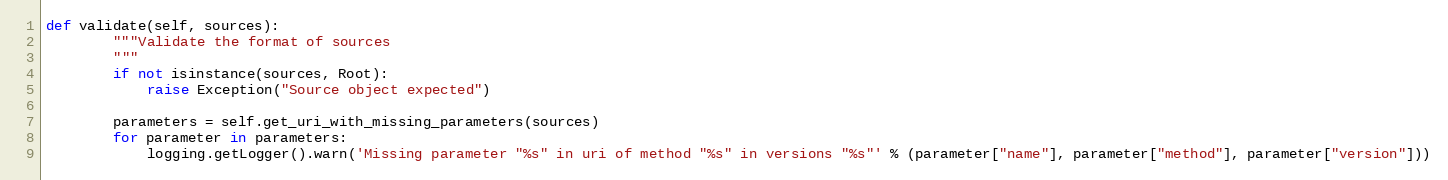
Language: Python
def validate(self, sources):
        """Validate the format of sources
        """
        if not isinstance(sources, Root):
            raise Exception("Source object expected")

        parameters = self.get_uri_with_missing_parameters(sources)
        for parameter in parameters:
            logging.getLogger().warn('Missing parameter "%s" in uri of method "%s" in versions "%s"' % (parameter["name"], parameter["method"], parameter["version"]))